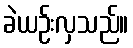
ခဲယဉ်းလှသည်။